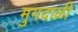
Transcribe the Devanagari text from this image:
मुगदाळी